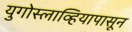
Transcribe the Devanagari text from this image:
युगोस्लाव्हियापासून